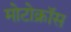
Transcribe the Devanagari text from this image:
मोटोक्राॅस